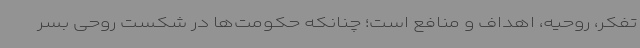
تفکر، روحیه، اهداف و منافع است؛ چنانکه حکومت‌ها در شکست روحی بسر